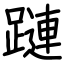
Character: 蹥